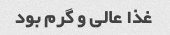
غذا عالی و گرم بود